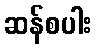
ဆန်စပါး